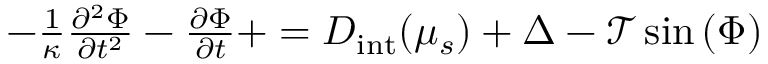
\begin{array} { r } { - \frac { 1 } { \kappa } \frac { \partial ^ { 2 } \Phi } { \partial { t } ^ { 2 } } - \frac { \partial \Phi } { \partial { t } } + = D _ { \mathrm { i n t } } ( \mu _ { s } ) + \Delta - \mathcal { T } \sin { \left( \Phi \right) } } \end{array}